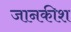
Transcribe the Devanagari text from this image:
जानकीश